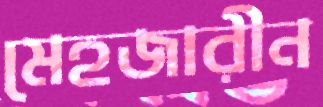
মেহজারীন